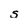
Character: s